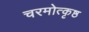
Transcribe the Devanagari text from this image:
चरमोत्कृष्ठ